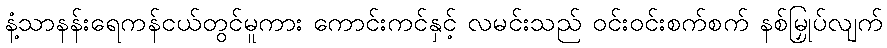
နံ့သာနန်းရေကန်ငယ်တွင်မူကား ကောင်းကင်နှင့် လမင်းသည် ဝင်းဝင်းစက်စက် နစ်မြှုပ်လျက်